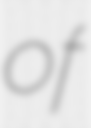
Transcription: of